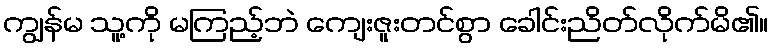
ကျွန်မ သူ့ကို မကြည့်ဘဲ ကျေးဇူးတင်စွာ ခေါင်းညိတ်လိုက်မိ၏။